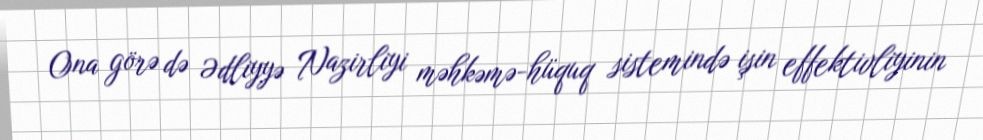
Ona görə də Ədliyyə Nazirliyi məhkəmə-hüquq sistemində işin effektivliyinin